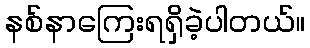
နစ်နာကြေးရရှိခဲ့ပါတယ်။